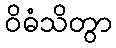
ဝိဓံသိတွာ